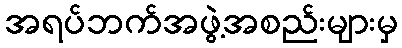
အရပ်ဘက်အဖွဲ့အစည်းများမှ